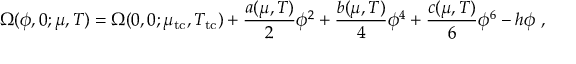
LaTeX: \Omega ( \phi , 0 ; \mu , T ) = \Omega ( 0 , 0 ; \mu _ { \mathrm { t c } } , T _ { \mathrm { t c } } ) + \frac { a ( \mu , T ) } { 2 } \phi ^ { 2 } + \frac { b ( \mu , T ) } { 4 } \phi ^ { 4 } + \frac { c ( \mu , T ) } { 6 } \phi ^ { 6 } - h \phi \ ,